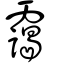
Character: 靄